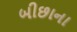
બીછાના